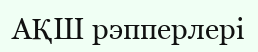
АҚШ рэпперлері